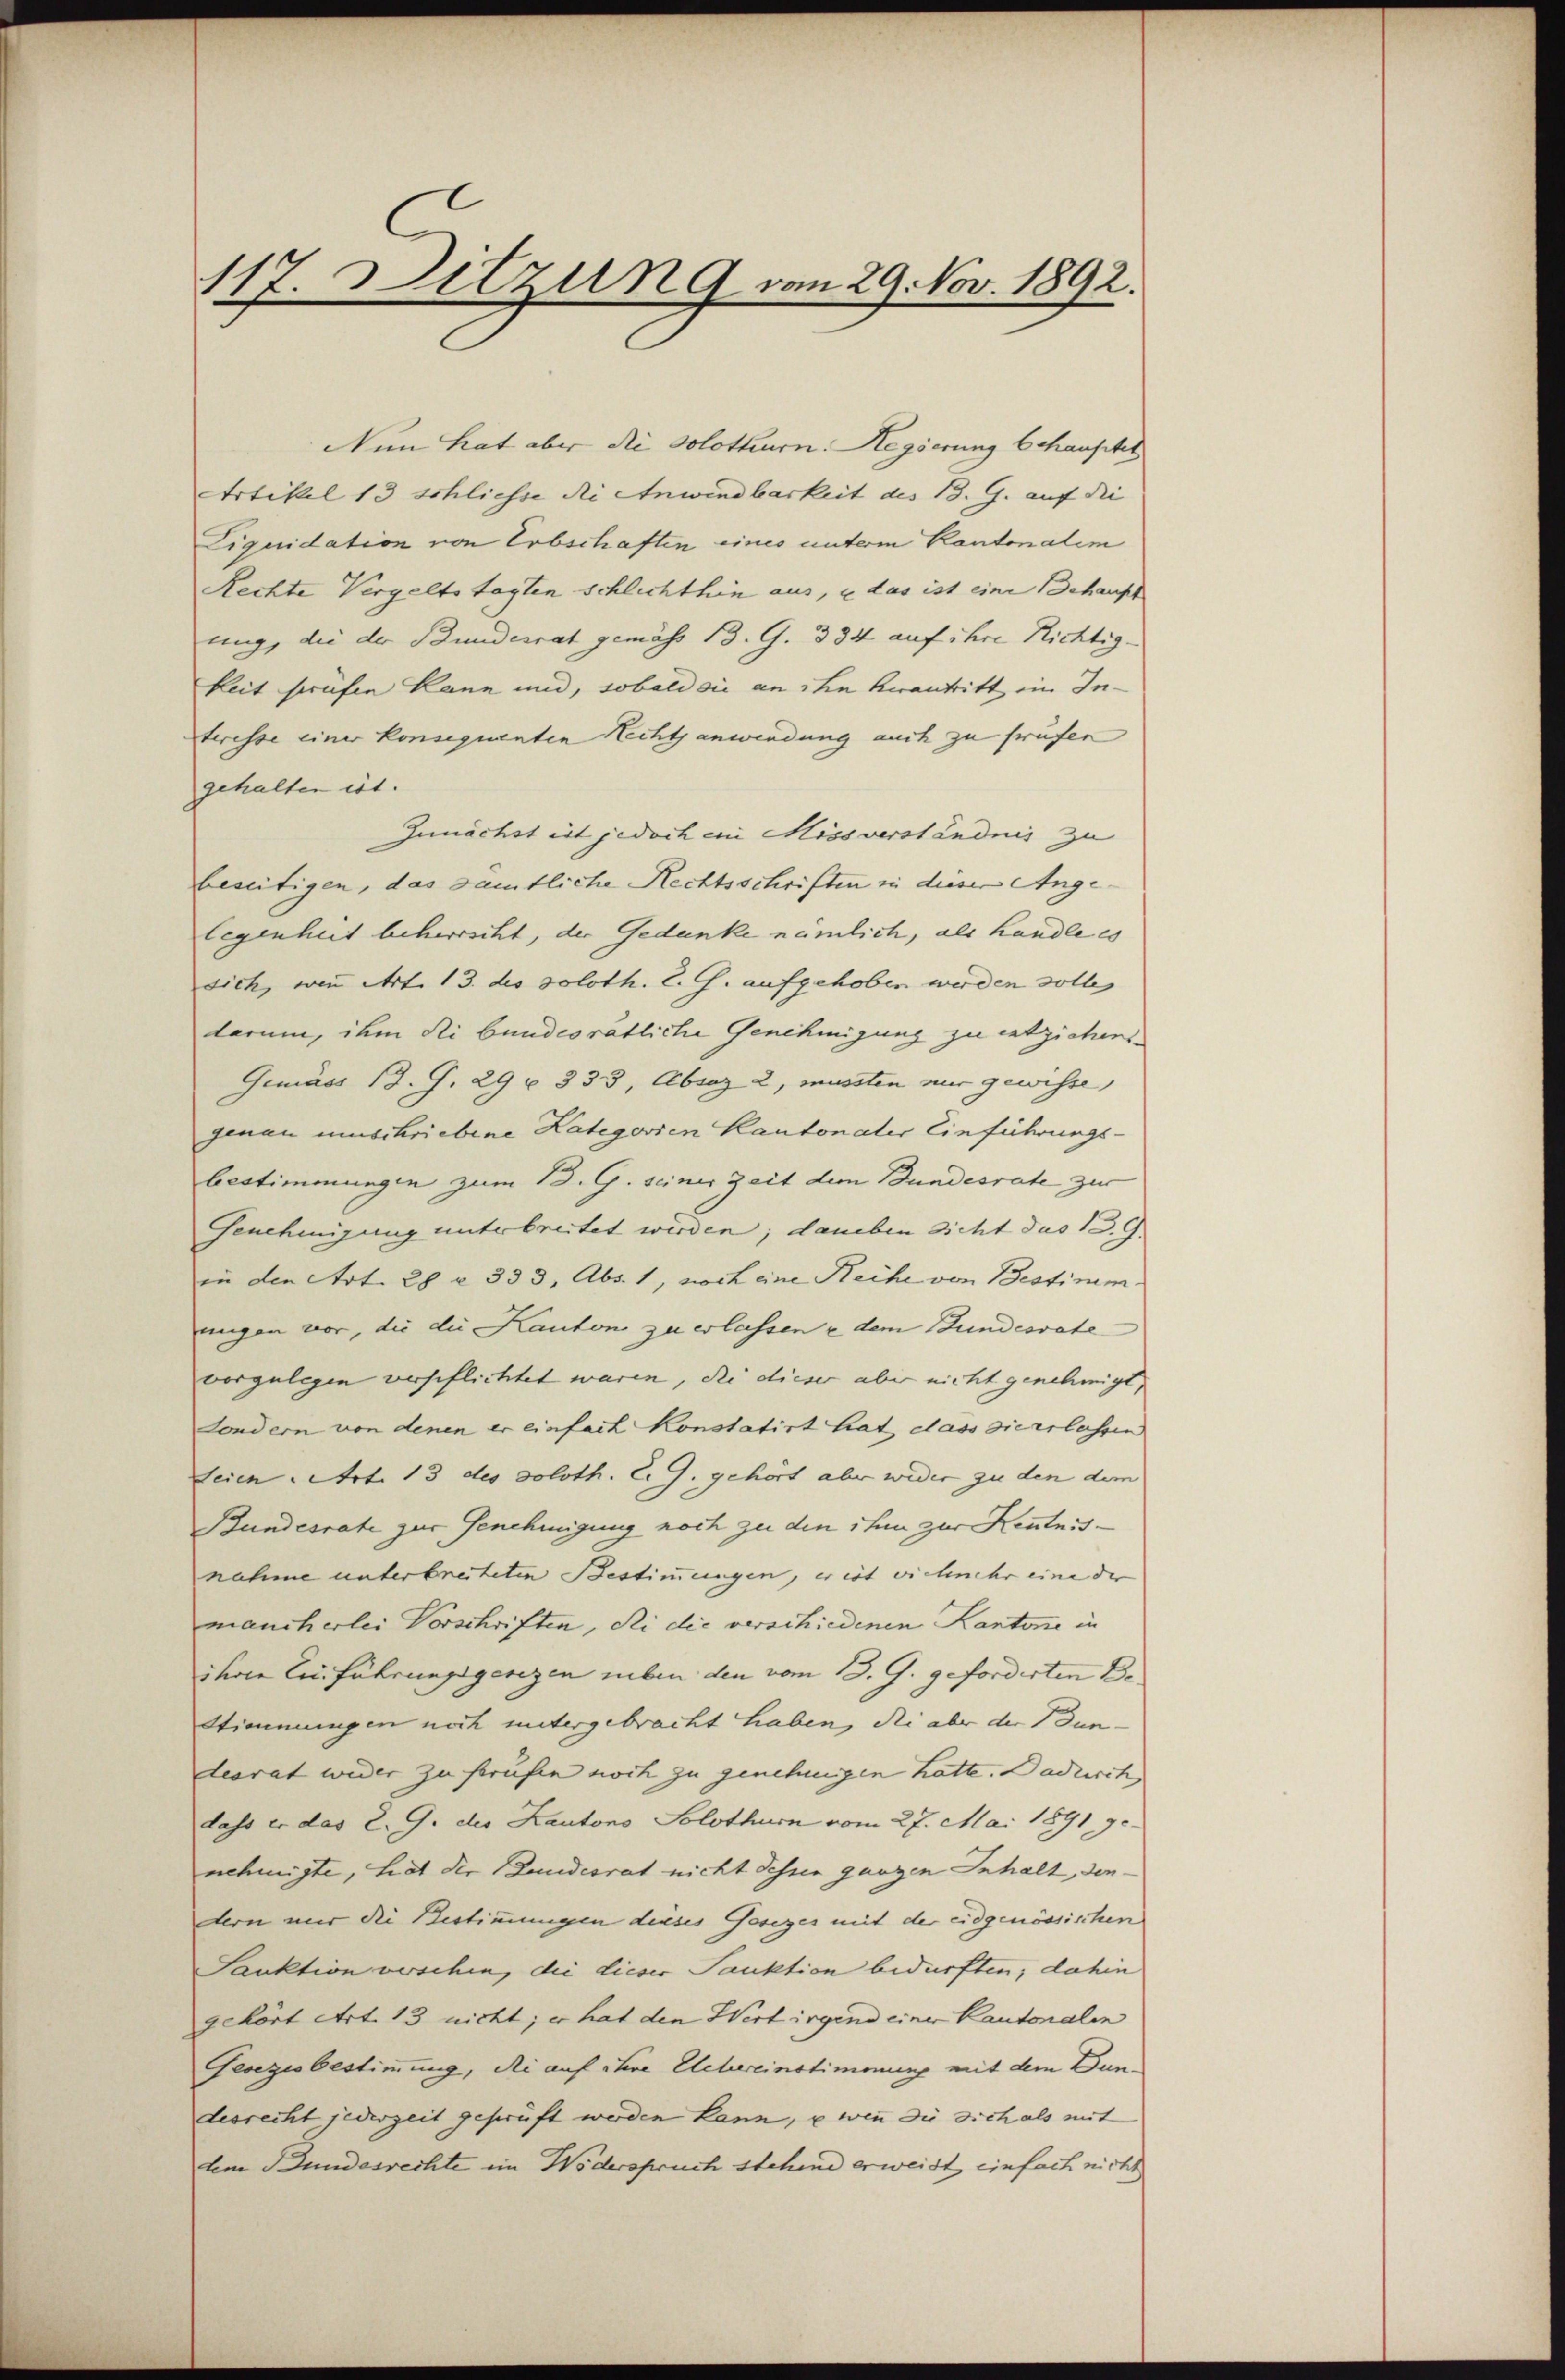
117. Ditzung vom 29. Nov. 1892.

Nun hat aber die Solothurn. Regierung behauscht
Artikel 13 schliesse die Anwendbarkeit des B. G. auf die |
Liquidation von Erbschaften eines unterm Kantonalem
Rechte Vergeltstagten schlichthin aus, u das ist eine Behaupt
ung, die der Bundesrat gemäss 13. G. 334 auf ihre Richtig
keit prüfen kann und, sobald sie an ihn herantritt im Interesse einer konsequenten Rechtsanwendung auch zu prüfen
gehalten ist.
Zunächst est jedoch ein Missverständnis zu
beseitigen, das samtliche Rechtsschriften in dieser Angelegenheit beherrscht, der Gedanke nämlich, als handle es
sich, wenn Art. 13. des soloth. Z. G. aufgehoben werden solle,
darum, ihm di bundesrätliche Genehmigung zu entziehens.
Gemäss 13. J. 29 u. 333, Absaz 2, mussten mir gewisse,
genau umschriebene Lategorien Kantonales Einführungsbestimmungen zum 13. G. seiner Zeit dem Bundesrate zur
Genehmigung unterbreitet werden; daneben sicht das 13. G.
in den Art. 28 u. 333, Abs. 1, noch eine Reihe von Bestimmungen vor, die die Kanton zu erlassen u dem Bundesrate
vorzulegen verspflichtet waren, die dieser aber nicht genehmigt,
Sondern von denen er einfach Konstatirt hat, dass sie erlassen
Seien Art. 13 des Soloth. l. J. gehört aber wider zu den dem
Bundesrate zur Genehmigung noch zu den ihm zur Kenntnisnahme unterbreiteten Bestimmungen, er ist vielmehr eine der
mancherlei Vorschriften, di die verschiedenen Kantone in
ihren Einführungsgesezen neben den vom 13. G. geforderten De¬
Stimmungen noch untergebracht haben, die aber der un-
desrat wider zu prüfen noch zu genehmigen hatte. Dadurch
dass er das 2. G. der Kautono Solothurn vom 27. Mai 1891 genehmigte, hat die Bundesrat nicht dessen ganzen Inhalt, dendern mir die Bestimmungen dieses Gesezes mit der eidgenössischen
Sanktion verschen, die dieser Pauktion bedürften; dahin
gehört Art. 13 nicht; er hat den Wert irgend einer Kantonalen
Gesetzesbestimmung, die auf ihre Uebereinstimonig mit dem Dundesrecht jederzeit geprüft werden kann, u wenn die sich als mit
dem Bundesrechte im Widerspruch stehend erweist einfach nicht